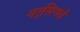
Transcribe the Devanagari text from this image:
नर्सिगचे